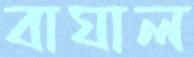
বাঘাল